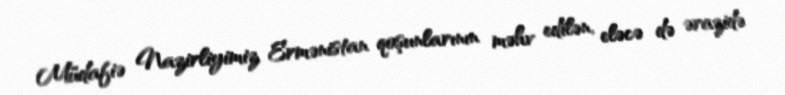
Müdafiə Nazirliyimiz Ermənistan qoşunlarının məhv edilən, eləcə də ərazidə